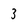
Character: 3